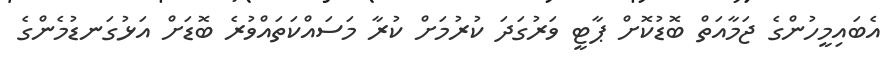
އެބައިމީހުންގެ ޖަމާއަތް ބޮޑުކޮށް ޕާޓީ ވަރުގަދަ ކުރުމަށް ކުރާ މަސައްކަތައްވުރެ ބޮޑަށް އަޅުގަނޑުމެންގެ